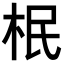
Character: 𣐡